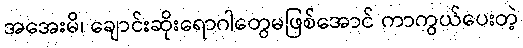
အအေးမိ၊ ချောင်းဆိုးရောဂါတွေမဖြစ်အောင် ကာကွယ်ပေးတဲ့